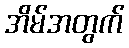
အိမ်အတွက်